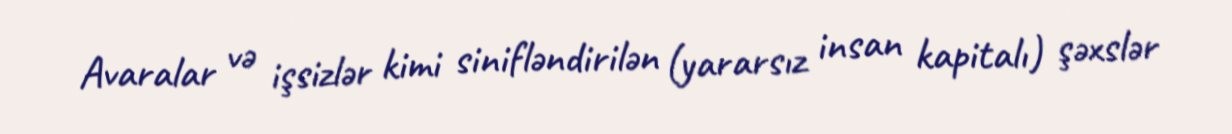
Avaralar və işsizlər kimi sinifləndirilən (yararsız insan kapitalı) şəxslər